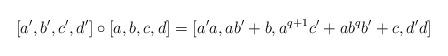
LaTeX: \begin{align*}[a',b',c',d']\circ[a,b,c,d]=[a'a,ab'+b,a^{q+1}c'+ab^{q}b'+c,d'd]\end{align*}